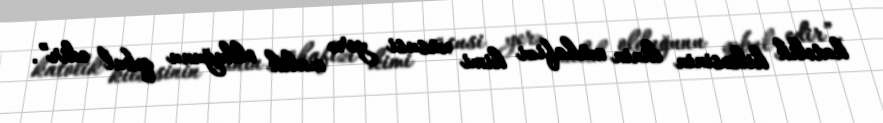
katolik kilsəsinin dinin mühafizi kimi xüsusi yerə malik olduğunu qəbul edir”.